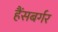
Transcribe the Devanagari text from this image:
हैंसबर्गर